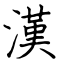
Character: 漢